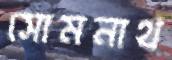
সোমনাথ